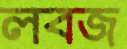
লবজ